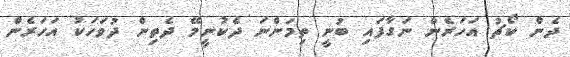
ދެން ކޯޗު އަހަރެން ނަގާފައި ބުނީ ތިމަންނަ ދެކުނީމޭ ދެތިން ދުވަހަކު އަހަރެން